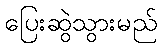
ပြေးဆွဲသွားမည်